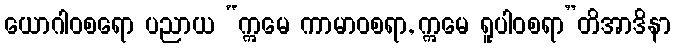
ယောဂါဝစရော ပညာယ “ဣမေ ကာမာဝစရာ, ဣမေ ရူပါဝစရာ”တိအာဒိနာ